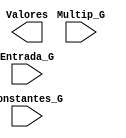
`timescale 1ns / 1ps
//////////////////////////////////////////////////////////////////////////////////
// Company: 
// 
// Design Name: 
// Module Name:    Aritmetica 
// Project Name: 
// Target Devices: 
// Tool versions: 
// Description: 
//
// Dependencies: 
//
// Revision: 
// Revision 0.01 - File Created
// Additional Comments: 
//
//////////////////////////////////////////////////////////////////////////////////
module Aritmetica #(parameter N = 25 /* Valor de N*/)(
	input wire [N-1:0] Constantes_G,Multip_G,Entrada_G,
	output wire [2*N-1:0] Valores
	);	



endmodule